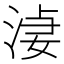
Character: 𣷑